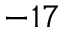
^ { - 1 7 }